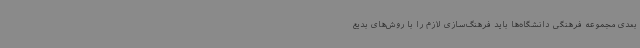
بعدی مجموعه فرهنگی دانشگاه‌ها باید فرهنگ‌سازی لازم را با روش‌های بدیع